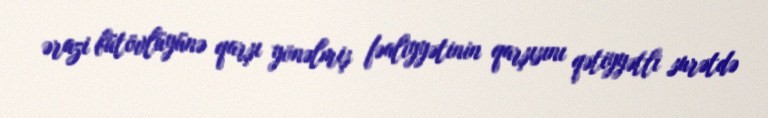
ərazi bütövlüyünə qarşı yönəlmiş fəaliyyətinin qarşısını qətiyyətli surətdə